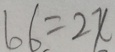
6 6 = 2 x